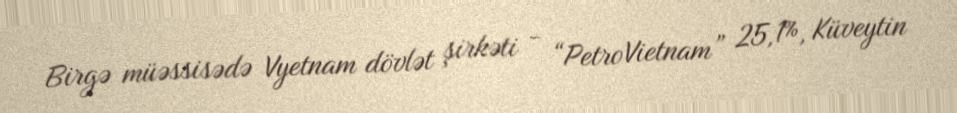
Birgə müəssisədə Vyetnam dövlət şirkəti - “PetroVietnam” 25,1%, Küveytin